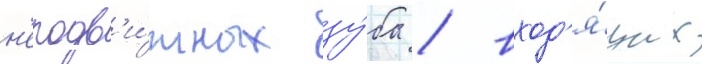
н'еподв'и́жных зу́ба / вход'я́щих